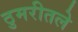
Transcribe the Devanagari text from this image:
ठुमरीतले